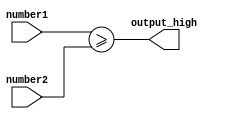
module greater_than_or_equal_to_comparator(
    input [7:0] number1,
    input [7:0] number2,
    output output_high
);

assign output_high = (number1 >= number2);

endmodule